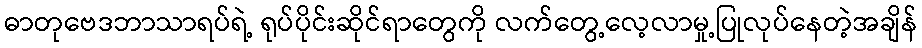
ဓာတုဗေဒဘာသာရပ်ရဲ့ ရုပ်ပိုင်းဆိုင်ရာတွေကို လက်တွေ့လေ့လာမှု့ပြုလုပ်နေတဲ့အချိန်